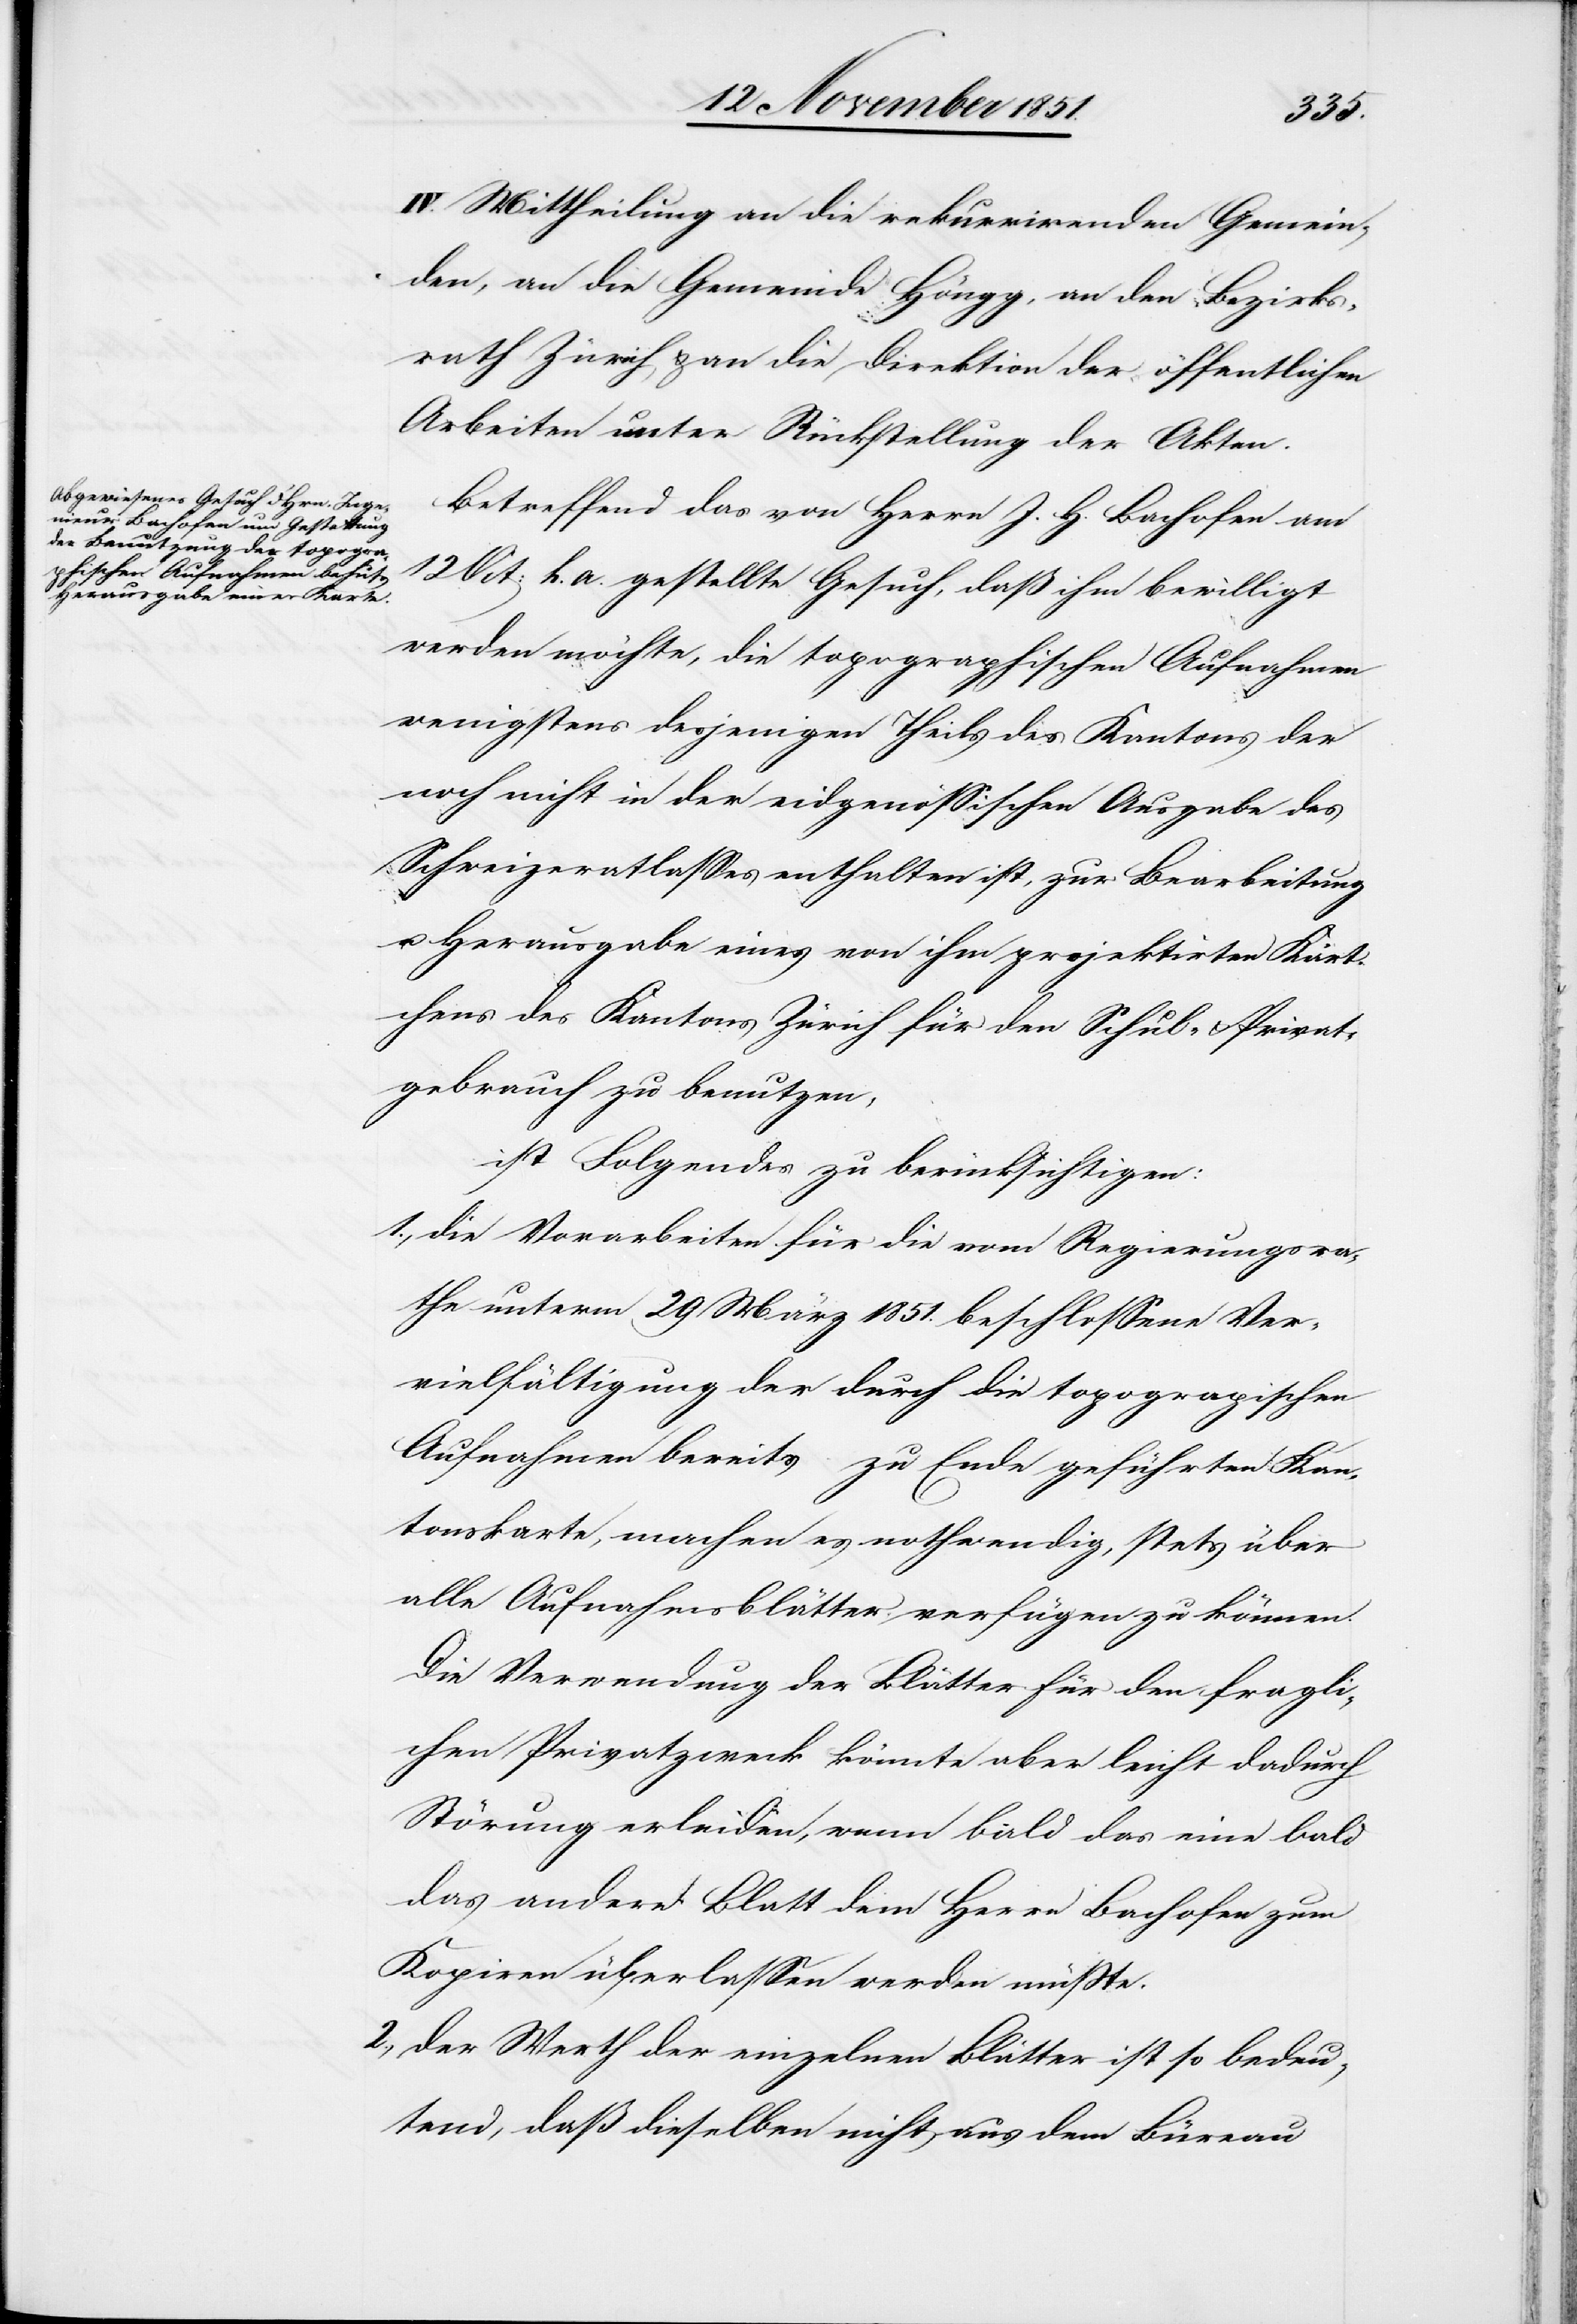
IV. Mittheilung an die rekurrirenden Gemein¬
den, an die Gemeinde Höngg, an den Bezirks¬
rath Zürich & an die Direktion der öffentlichen
Arbeiten unter Rückstellung der Akten.
Betreffend das von Herrn J. H. Bachofen am
12 Oct: h. a. gestellte Gesuch, daß ihm bewilligt
werden möchte, die topographischen Aufnahmen
wenigstens desjenigen Theils des Kantons der
noch nicht in der eidgenössischen Ausgabe des
Schweizeratlasses enthalten ist, zur Bearbeitung
u. Herausgabe eines von ihm projektirten Kärt¬
chens des Kantons Zürich für den Schul- & Privat¬
gebrauch zu benutzen,
ist Folgendes zu berücksichtigen:
die Vorarbeiten für die vom Regierungsra¬
the unterm 29 März 1851. beschlossene Ver¬
vielfältigung der durch die topographischen
Aufnahmen bereits zu Ende geführten Kan¬
tonskarte, machen es nothwendig, stets über
alle Aufnahmsblätter verfügen zu können.
Die Verwendung der Blätter für den fragli¬
chen Privatzweck könnte aber leicht dadurch
Störung erleiden, wenn bald das eine bald
das andere Blatt dem Herrn Bachofen zum
Kopiren überlassen werden müßte.
der Werth der einzelnen Blätter ist so bedeu¬
tend, daß dieselben nicht aus dem Büreau